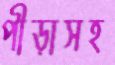
পীড়াসহ